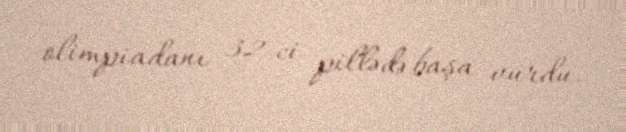
olimpiadanı 32-ci pillədə başa vurdu.